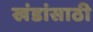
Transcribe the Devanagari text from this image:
खंडांसाठी